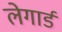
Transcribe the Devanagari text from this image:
लेगार्ड